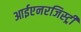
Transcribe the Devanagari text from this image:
आईएनरजिस्ट्री